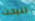
لتبحث